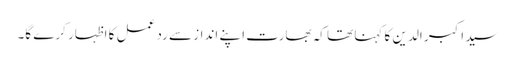
سید اکبر الدین کا کہنا تھا کہ بھارت اپنے انداز سے رد عمل کا اظہار کرے گا۔